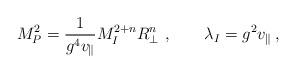
LaTeX: \begin{align*}M_P^2=\frac{1}{g^4 v_\parallel}M_I^{2+n}R_\perp^n\ ,\qquad\lambda_I =g^2 v_\parallel\, ,\end{align*}